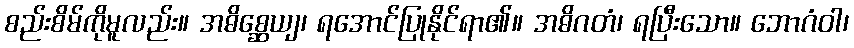
စည်းစိမ်ကိုမူလည်း။ အဓိစ္ဆေယျ၊ ရအောင်ပြုနိုင်ရာ၏။ အဓိဂတံ၊ ရပြီးသော။ ဘောဂံဝါ၊